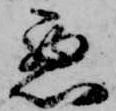
悪